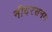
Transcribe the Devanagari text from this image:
नीदरसनम